Calcutta medical institutions reports 1892-1900
Year: 1892
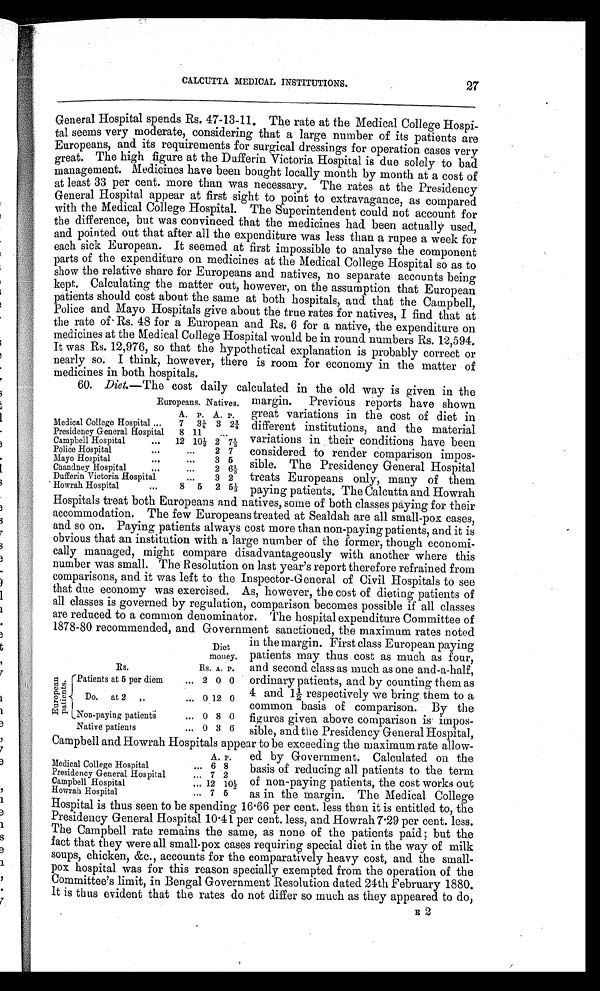
CALCUTTA MEDICAL INSTITUTIONS.
General Hospital spends Rs. 47-13-11. The rate at the Medical College Hospi-
tal seems very moderate, considering that a large number of its patients are
Europeans, and its requirements for surgical dressings for operation cases very
great. The high figure at the Dufferin Victoria Hospital is due solely to bad
management. Medicines have been bought locally month by month at a cost of
at least 33 per cent. more than was necessary. The rates at the Presidency
General Hospital appear at first sight to point to extravagance, as compared
with the Medical College Hospital. The Superintendent could not account for
the difference, but was convinced that the medicines had been actually used,
and pointed out that after all the expenditure was less than a rupee a week for
each sick European. It seemed at first impossible to analyse the component
parts of the expenditure on medicines at the Medical College Hospital so as to
show the relative share for Europeans and natives, no separate accounts being
kept. Calculating the matter out, however, on the assumption that European
patients should cost about the same at both hospitals, and that the Campbell,
Police and Mayo Hospitals give about the true rates for natives, I find that at
the rate of Rs. 48 for a European and Rs. 6 for a native, the expenditure on
medicines at the Medical College Hospital would be in round numbers Rs. 12,594.
It was Rs. 12,976, so that the hypothetical explanation is probably correct or
nearly so. I think, however, there is room for economy in the matter of
medicines in both hospitals.
60. Diet. —The cost daily calculated in the old way is given in the
27
Europeans. Natives.
A. P. A. P.
Medical College Hospital ...
7 3¼ 3 2¾
Presidency General Hospital
8 11
...
Campbell Hospital
...
12 10½ 2 7 1/3
Police Hospital
. . .
...
2 7
Mayo Hospital
...
...
3 5
Chandney Hospital
. . .
...
2 6 1/3
Dufferin Victoria Hospital
...
3 2
Howrah Hospital
...
8 5 2 5½
margin. Previous reports have shown
great variations in the cost of diet in
different institutions, and the material
variations in their conditions have been
considered to render comparison impos-
sible. The Presidency General Hospital
treats Europeans only, many of them
Paying patients. The Calcutta and Howrah
Hospitals treat both Europeans and natives, some of both classes paying for their
accommodation. The few Europeans treated at Sealdah are all small-pox cases,
and so on. Paying patients always cost more than non-paying patients, and it is
obvious that an institution with a large number of the former, though economi-
cally managed, might compare disadvantageously with another where this
number was small. The Resolution on last year's report therefore refrained from
comparisons, and it was left to the Inspector-General of Civil Hospitals to see
that due economy was exercised. As, however, the cost of dieting patients of
all classes is governed by regulation, comparison becomes possible if all classes
are reduced to a common denominator. The hospital expenditure Committee of
1878-80 recommended, and Government sanctioned, the maximum rates noted
in the margin. First class European paying
patients may thus cost as much as four,
and second class as much as one and-a-half,
ordinary patients, and by counting them as
4 and 1½ respectively we bring them to a
common basis of comparison. By the
figures given above comparison is impos-
sible, and the Presidency General Hospital,
Campbell and Howrah Hospitals appear to be exceeding the maximum rate allow-
ed by Government. Calculated on the
basis of reducing all patients to the term
of non-paying patients, the cost works out
as in the margin. The Medical College
Hospital is thus seen to be spending 16.66 per cent. less than it is entitled to, the
Presidency General Hospital 10.41 per cent. less, and Howrah 7.29 per cent. less.
The Campbell rate remains the same, as none of the patients paid ; but the
fact that they were all small-pox cases requiring special diet in the way of milk
soups, chicken, &c., accounts for the comparatively heavy cost, and the small-
pox hospital was for this reason specially exempted from the operation of the
Committee's limit, in Bengal Government Resolution dated 24th February 1880.
It is thus evident that the rates do not differ so much as they appeared to do,
Diet
money.
Rs.
Rs. A. P.
E u r o p e a n p a t i e n t s .
Patients at 5 per diem
... 2 0 0
Do. at 2 „
. . . 0 12 0
Non-paying patients
. . . 0 8 0
Native patients
... 0 3 6
A. P.
Medical College Hospital
... 6 8
Presidency General Hospital
... 7 2
Campbell Hospital
... 12 10½
Howrah Hospital
... 7 5
E 2